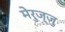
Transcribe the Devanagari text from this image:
मेरुज्जु